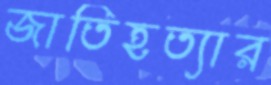
জাতিহত্যার